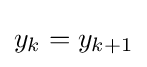
y_{k}=y_{k+1}